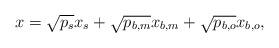
LaTeX: \begin{align*}x = \sqrt {{p_s}} {x_s} + \sqrt {{p_{b,m}}} {x_{b,m}} + \sqrt {{p_{b,o}}} {x_{b,o}},\end{align*}